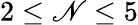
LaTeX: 2\le\mathscr{N}\le5